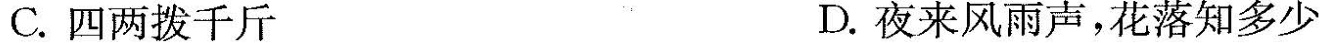
C.四两拨千斤 D.夜来风雨声，花落知多少